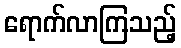
ရောက်လာကြသည့်